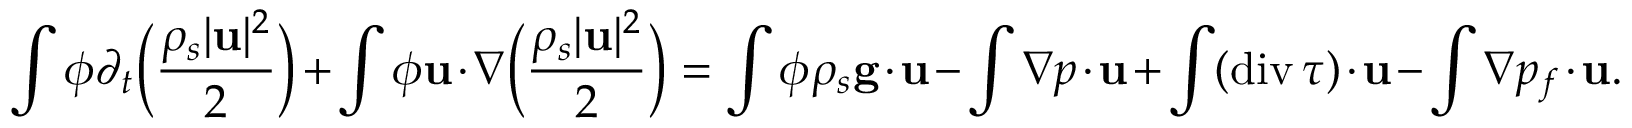
\int \phi \partial _ { t } \Big ( \frac { \rho _ { s } | { \bf u } | ^ { 2 } } { 2 } \Big ) + \int \phi { \bf u } \cdot \nabla \Big ( \frac { \rho _ { s } | { \bf u } | ^ { 2 } } { 2 } \Big ) = \int \phi \rho _ { s } { \bf g } \cdot { \bf u } - \int \nabla p \cdot { \bf u } + \int ( \mathrm { d i v } \, \boldsymbol { \tau } ) \cdot { \bf u } - \int \nabla p _ { f } \cdot { \bf u } .